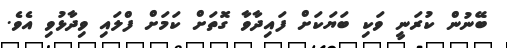
ބޭނުން ކުރަނީ ވަކި ބަޔަކަށް ފައިދާވާ ގޮތަށް ކަމަށް ފްލައި ވިދާޅުވި އެވެ.